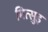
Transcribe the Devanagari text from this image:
मित्सुइ